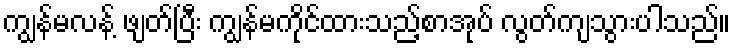
ကျွန်မလန့် ဖျတ်ပြီး ကျွန်မကိုင်ထားသည့်စာအုပ် လွတ်ကျသွားပါသည်။